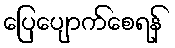
ပြေပျောက်စေရန်